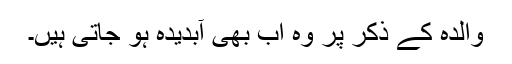
والدہ کے ذکر پر وہ اب بھی آبدیدہ ہو جاتی ہیں۔